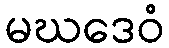
မဃဒေဝံ